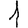
Digit: 1